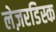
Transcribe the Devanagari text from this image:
लेज़रडिस्क